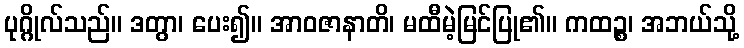
ပုဂ္ဂိုလ်သည်။ ဒတွာ၊ ပေး၍။ အာဝဇာနာတိ၊ မထီမဲ့မြင်ပြု၏။ ကထဉ္စ၊ အဘယ်သို့